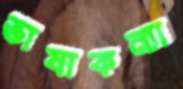
ভাষাকন্যা